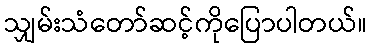
သျှမ်းသံတော်ဆင့်ကိုပြောပါတယ်။